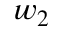
w _ { 2 }